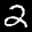
Label: 2